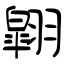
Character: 翶